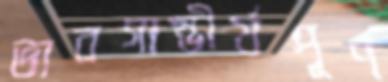
ভাবগাম্ভীর্যপূর্ণ